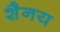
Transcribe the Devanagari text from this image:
शैनय